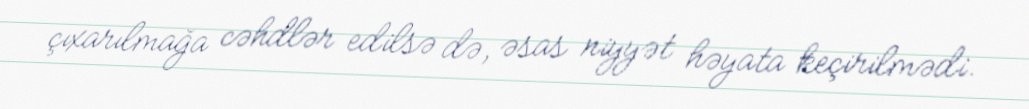
çıxarılmağa cəhdlər edilsə də, əsas niyyət həyata keçirilmədi.